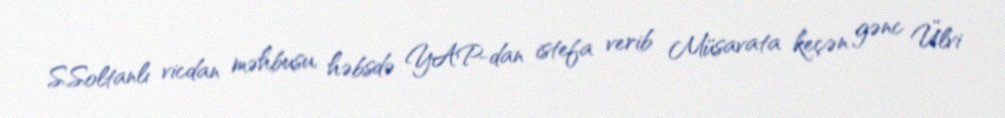
S.Soltanlı vicdan məhbusu, həbsdə YAP-dan istefa verib Müsavata keçən gənc Ülvi